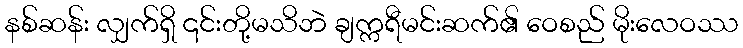
နစ်ဆန်း လျှက်ရှိ ၎င်းတို့မသိဘဲ ချက္ကရီမင်းဆက်၏ ဝေစည် မိုးလေဝဿ